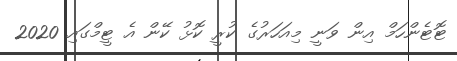
ޓޮޓެންހަމް އިން ވަނީ މިއަހަރުގެ ކުރީ ކޮޅު ކޭން އެ ޓީމްގައި 2020